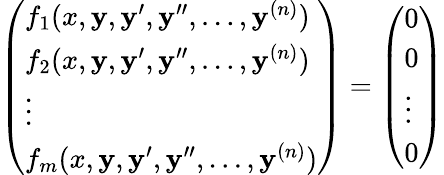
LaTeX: {\left(\begin{array}{l}{f_{1}(x,\mathbf{y},\mathbf{y}^{\prime},\mathbf{y}^{\prime\prime},\ldots,\mathbf{y}^{(n)})}\\ {f_{2}(x,\mathbf{y},\mathbf{y}^{\prime},\mathbf{y}^{\prime\prime},\ldots,\mathbf{y}^{(n)})}\\ {\vdots}\\ {f_{m}(x,\mathbf{y},\mathbf{y}^{\prime},\mathbf{y}^{\prime\prime},\ldots,\mathbf{y}^{(n)})}\end{array}\right)}={\left(\begin{array}{l}{0}\\ {0}\\ {\vdots}\\ {0}\end{array}\right)}